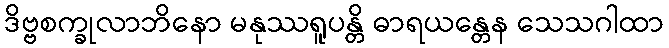
ဒိဗ္ဗစက္ခုလာဘိနော မနုဿရူပန္တိ ဓာရယန္တေန သေသဂါထာ